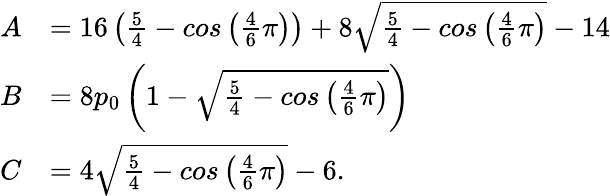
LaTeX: \begin{array}{rl}{A}&{=16\left(\frac{5}{4}-cos\left(\frac{4}{6}\pi\right)\right)+8\sqrt{\frac{5}{4}-cos\left(\frac{4}{6}\pi\right)}-14}\\ {B}&{=8p_{0}\left(1-\sqrt{\frac{5}{4}-cos\left(\frac{4}{6}\pi\right)}\right)}\\ {C}&{=4\sqrt{\frac{5}{4}-cos\left(\frac{4}{6}\pi\right)}-6.}\end{array}